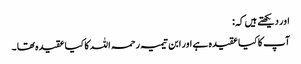
اور دیکھتے ہیں کہ:
آپ کا کیا عقیدہ ہے اور ابن تیمیہ رحمہ اللہ کا کیا عقیدہ تھا ۔